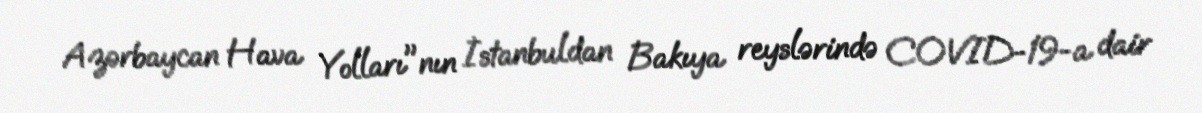
Azərbaycan Hava Yolları"nın İstanbuldan Bakıya reyslərində COVID-19-a dair